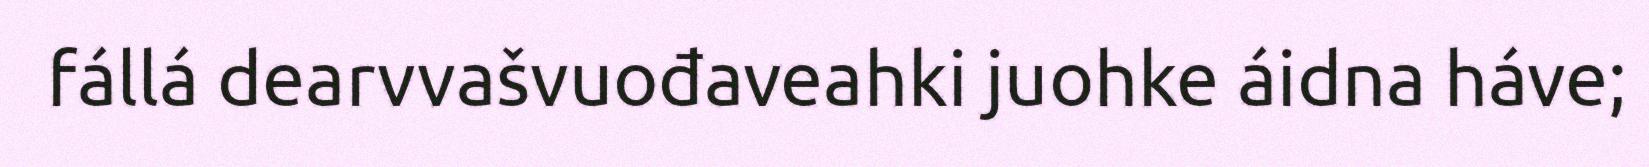
fállá dearvvašvuođaveahki juohke áidna háve;